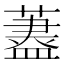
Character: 𦾗